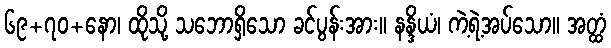
၆၉+၇၀+နော၊ ထိုသို့ သဘောရှိသော ခင်ပွန်းအား။ နန္ဒိယံ၊ ကဲ့ရဲ့အပ်သော။ အတ္ထံ